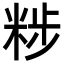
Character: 𥹴